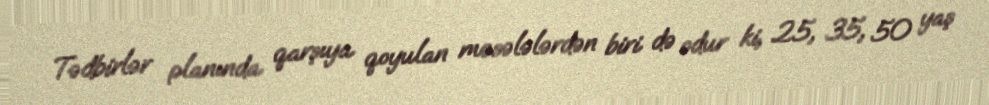
Tədbirlər planında qarşıya qoyulan məsələlərdən biri də odur ki, 25, 35, 50 yaş